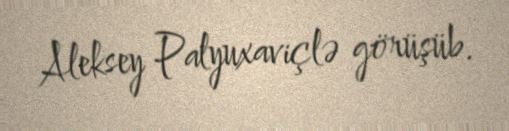
Aleksey Palyuxaviçlə görüşüb.